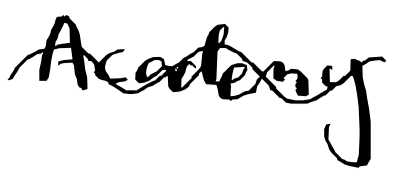
Text: Academy
Cross-out: wave
Writing tool: digital_black